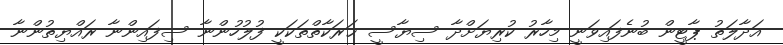
އަދާލަތު ޕާޓީން ބުނެފައިވަނީ މިހާރު ކުރިޔަށްދާ ސިޔާސީ ޙަރަކާތްތަކަކީ ފުލުހުންނާ ސިފައިންނާ ރައްޔިތުންނާ